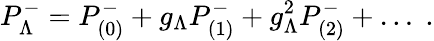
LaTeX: P_{\Lambda}^{-}=P_{(0)}^{-}+g_{\Lambda}P_{(1)}^{-}+g_{\Lambda}^{2}P_{(2)}^{-}+\dots\; .